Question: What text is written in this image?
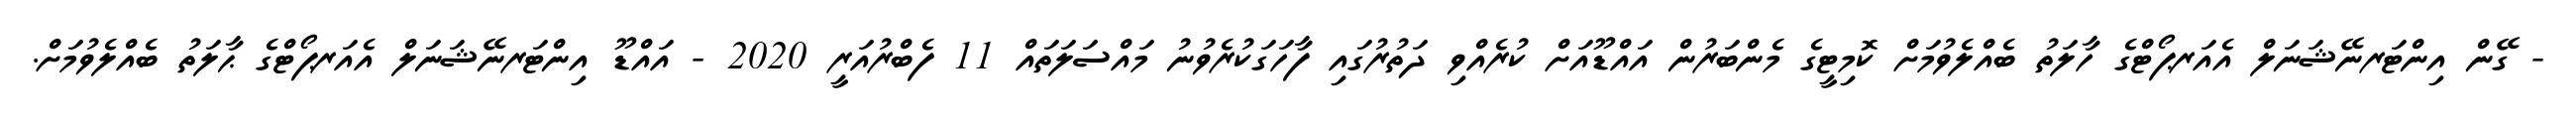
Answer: - ގޭން އިންޓަރނޭޝަނަލް އެއަރޕޯޓްގެ ހާލަތު ބެއްލެވުމަށް ކޮމިޓީގެ މެންބަރުން އައްޑޫއަށް ކުރެއްވި ދަތުރުގައި ފާހަގަކުރެވުނު މައްސަލަތައް 11 ފެބްރުއަރީ 2020 - އައްޑޫ އިންޓަރނޭޝަނަލް އެއަރޕޯޓްގެ ޙާލަތު ބެއްލެވުމަށް.